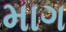
માગ